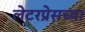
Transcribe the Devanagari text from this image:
लेटरप्रेसच्या